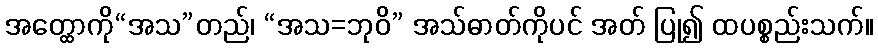
အတ္ထောကို“အသ”တည်၊ “အသ=ဘုဝိ” အသ်ဓာတ်ကိုပင် အတ် ပြု၍ ထပစ္စည်းသက်။